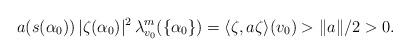
LaTeX: \begin{align*} a (s(\alpha_0) )\, | \zeta (\alpha_0) |^2 \, \lambda_{v_0}^m ( \{ \alpha_0 \} ) = \langle \zeta, a \zeta \rangle (v_0) > \| a \| / 2 > 0.\end{align*}